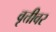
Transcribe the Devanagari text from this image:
वृत्तीवर